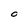
Character: O